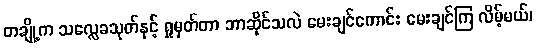
တချို့က သလ္လေခသုတ်နှင့် ရှုမှတ်တာ ဘာဆိုင်သလဲ မေးချင်ကောင်း မေးချင်ကြ လိမ့်မယ်၊